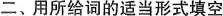
二、用所给词的适当形式填空